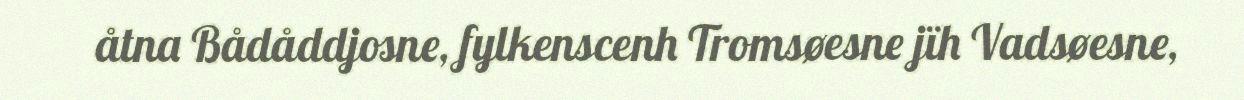
åtna Bådåddjosne, fylkenscenh Tromsøesne jïh Vadsøesne,